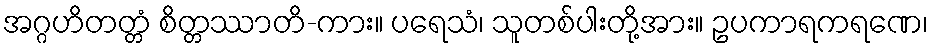
အဂ္ဂဟိတတ္တံ စိတ္တဿာတိ-ကား။ ပရေသံ၊ သူတစ်ပါးတို့အား။ ဥပကာရကရဏေ၊